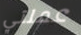
عملتي